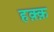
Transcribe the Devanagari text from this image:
हक़्क़